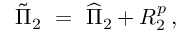
\tilde { \Pi } _ { 2 } \ = \ \widehat { \Pi } _ { 2 } + R _ { 2 } ^ { p } \, ,